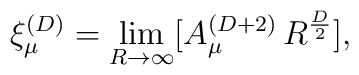
\xi_{\mu}^{(D)}=\lim_{R \rightarrow \infty} [A_{\mu}^{(D+2)} \, R^{D \over 2}],